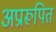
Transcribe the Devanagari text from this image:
अप्रारूपित